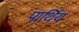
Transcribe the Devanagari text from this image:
पार्थिय